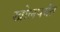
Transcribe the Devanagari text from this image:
खोलपर्यंत